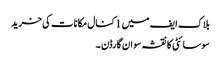
بلاک ایف میں 1 کنال مکانات کی خرید
سوسائٹی کا نقشہ سوان گارڈن ۔